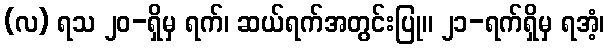
(လ) ရသ ၂၀-ရှိမှ ရက်၊ ဆယ်ရက်အတွင်းပြု။ ၂၁-ရက်ရှိမှ ရအံ့၊